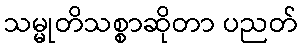
သမ္မုတိသစ္စာဆိုတာ ပညတ်